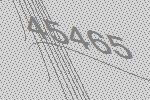
45465